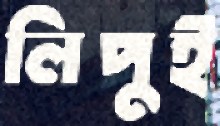
লিপুই